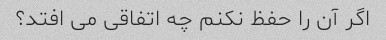
اگر آن را حفظ نکنم چه اتفاقی می افتد؟